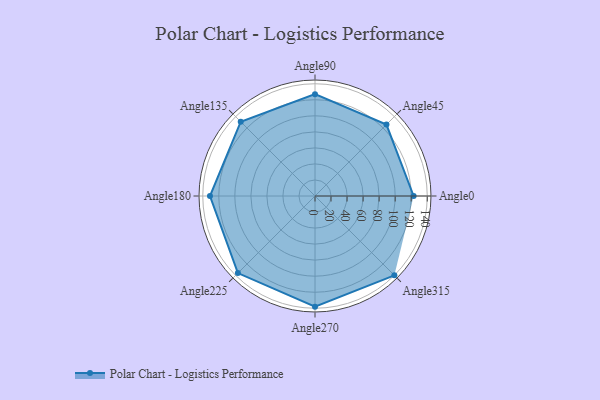
{"axis": {"x": "Angle", "y": "Radius"}, "legend": [""], "data": [{"x": "Angle0", "y": 123.0, "type": ""}, {"x": "Angle45", "y": 126.0, "type": ""}, {"x": "Angle90", "y": 127.0, "type": ""}, {"x": "Angle135", "y": 131.0, "type": ""}, {"x": "Angle180", "y": 131.0, "type": ""}, {"x": "Angle225", "y": 136.0, "type": ""}, {"x": "Angle270", "y": 138.0, "type": ""}, {"x": "Angle315", "y": 140.0, "type": ""}]}